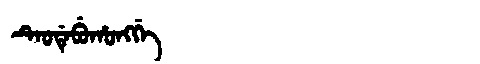
Manchu: ᡨᡝᠣᡩᡝᠪᡠᡥᠣᠩᡤᡝ
Romanization: TEODEBUHONGGE